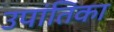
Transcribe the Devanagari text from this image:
उपांतिका